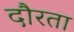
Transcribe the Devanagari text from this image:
दौरता